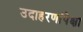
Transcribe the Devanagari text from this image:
उदाहरणांपेक्षा